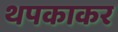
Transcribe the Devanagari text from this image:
थपकाकर